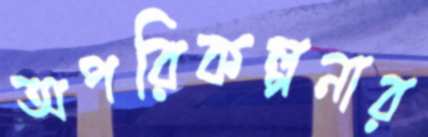
অপরিকল্পনার